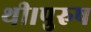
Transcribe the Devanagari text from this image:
थी।पुरुष